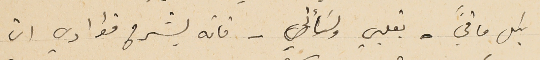
بكل ما فيَّ بقلبي ولسَأني - فانه يشرح فؤادي ان